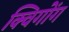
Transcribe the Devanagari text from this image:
क्विगोंग